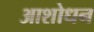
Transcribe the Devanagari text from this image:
आशोधन